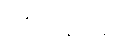
သံဟရာနိ